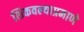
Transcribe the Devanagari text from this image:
शिकवल्याप्रमाणे